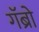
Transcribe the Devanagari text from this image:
गॅब्रो